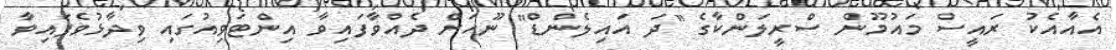
އެއާއެކު ރައީސް މައުމޫން ސްރީލަންކާގެ "ދަ އައިލެންޑް" ނޫހަށް ދެއްވާފައިވާ އިންޓަވިއުގައި ވިދާޅުވެފައިވާ